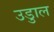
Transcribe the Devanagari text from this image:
उडुाल